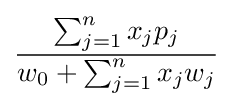
{\frac {\sum _{j=1}^{n}x_{j}p_{j}}{w_{0}+\sum _{j=1}^{n}x_{j}w_{j}}}